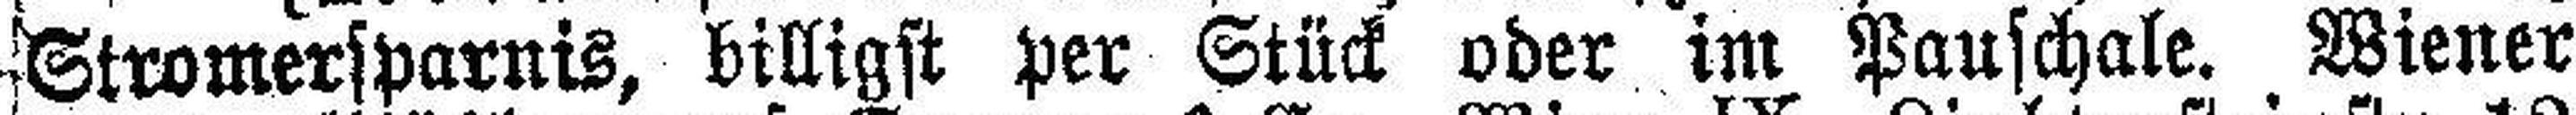
Stromersparnis, billigst per Stück oder im Pauschale. Wiener